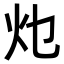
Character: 𭴂